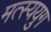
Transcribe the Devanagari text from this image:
मत्स्ययुग